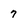
Character: 7